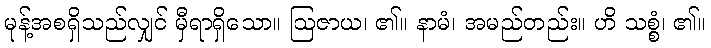
မုန့်အစရှိသည်လျှင် မှီရာရှိသော။ ဩဇာယ၊ ၏။ နာမံ၊ အမည်တည်း။ ဟိ သစ္စံ၊ ၏။